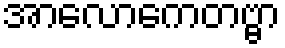
အာလောကေတဗ္ဗာ